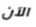
الآن